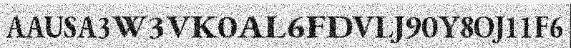
AAUSA3W3VK0AL6FDVLJ90Y8OJ11F6